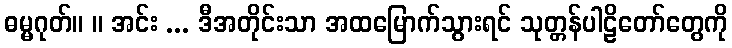
ဓမ္မဂုတ်။ ။ အင်း ... ဒီအတိုင်းသာ အထမြောက်သွားရင် သုတ္တန်ပါဠိတော်တွေကို